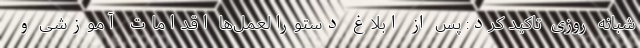
شبانه روزی تاکید کرد: پس از ابلاغ دستورالعمل‌ها اقدامات آموزشی و